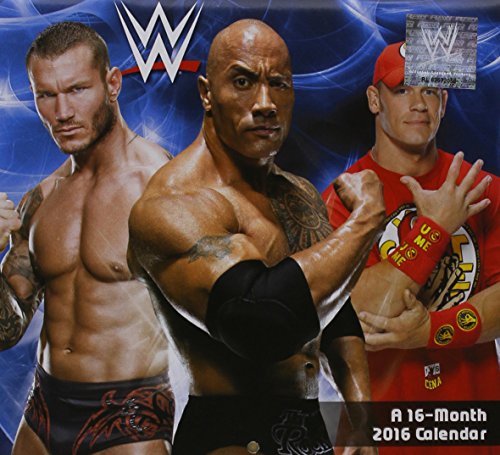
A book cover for WWE 2016 Calendar; Calendars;